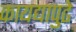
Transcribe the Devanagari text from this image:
कायद्यापुढे